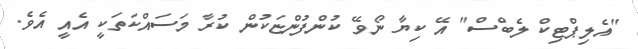
"އެލިޕްޓިކް ލެބްސް" އޭ ކިޔާ ނޯވޭ ކުންފުންޏަކުން ކުރާ މަސައްކަތަކީ އެއީ އެވެ.